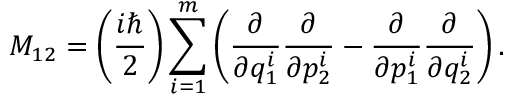
M _ { 1 2 } = \left( \frac { i \hbar } { 2 } \right) \sum _ { i = 1 } ^ { m } \left( \frac { \partial } { \partial q _ { 1 } ^ { i } } \frac { \partial } { \partial p _ { 2 } ^ { i } } - \frac { \partial } { \partial p _ { 1 } ^ { i } } \frac { \partial } { \partial q _ { 2 } ^ { i } } \right) .